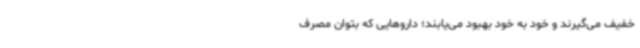
خفیف می‌گیرند و خود به خود بهبود می‌یابند؛ داروهایی که بتوان مصرف